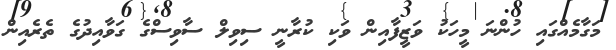
މަގާމެއްގައި ހުންނަ މީހަކު ވަޒީފާއިން ވަކި ކުރާނީ ސިވިލް ސާވިސްގެ ގަވާއިދުގެ ތެރެއިން